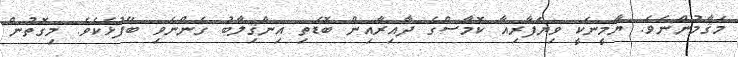
މަޤާމުންނެވެ. ޔާމީނަކީ ވިޔަފާރިއާ ކޮމާސްގެ ދާއިރާއިން ބޮޑެތި އިންޤިލާބު ގެންނެވި ބޭފުޅެކެވެ. މިގޮތުން